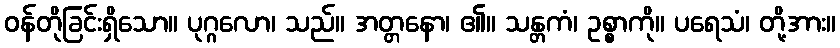
ဝန်တိုခြင်းရှိသော။ ပုဂ္ဂလော၊ သည်။ အတ္တနော၊ ၏။ သန္တကံ၊ ဥစ္စာကို။ ပရေသံ၊ တို့အား။